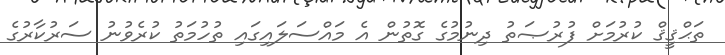
ތަޙްޤީޤް ކުރުމަށް ފުރުޞަތު ދިނުމުގެ ގޮތުން އެ މައްސަލައިގައި ތުހުމަތު ކުރެވުނު ސަރުކާރުގެ